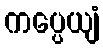
ကပ္ပေယျံ